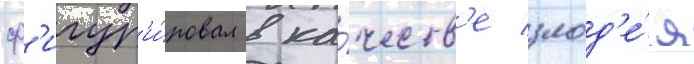
ф'игур'и́ровал в ка́честв'е злод'е́я